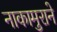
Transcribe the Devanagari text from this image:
नाकामुराने